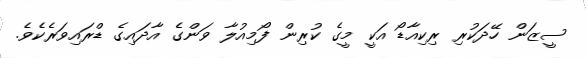
ސީޒަން ހޭދަކުރި ރިކިއާޑޯ އަކީ މީގެ ކުރިން ފޯމިއުލާ ވަންގެ އާދައިގެ ޑްރައިވަރެކެވެ.